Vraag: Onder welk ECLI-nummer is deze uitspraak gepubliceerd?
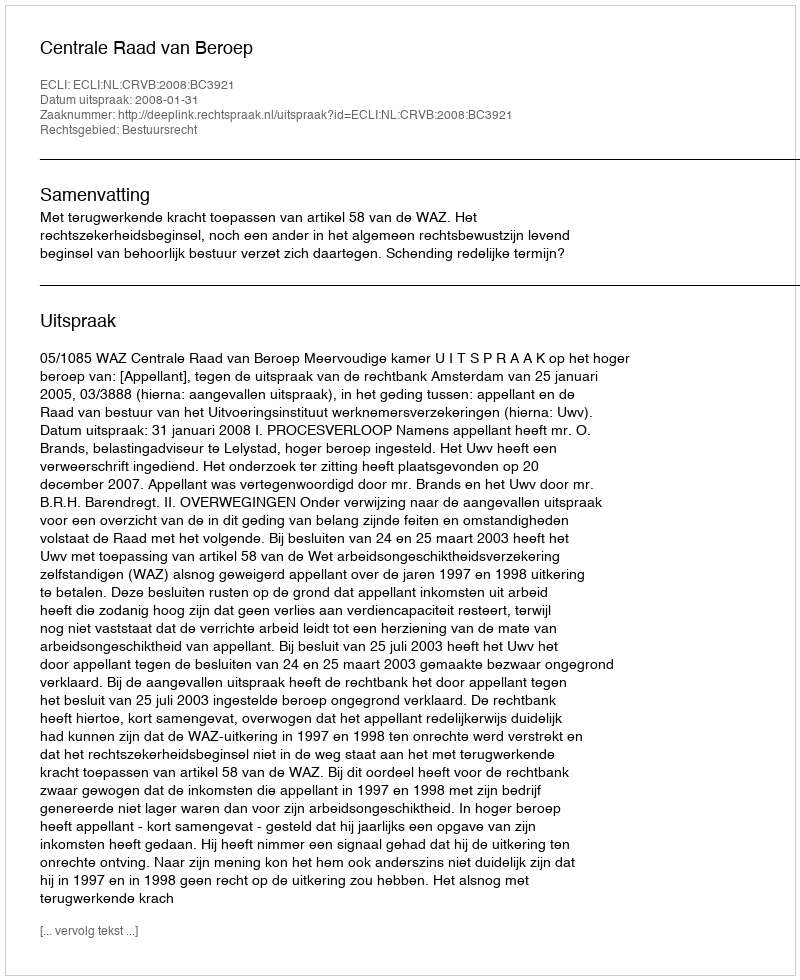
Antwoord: ECLI:NL:CRVB:2008:BC3921